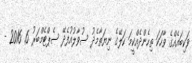
ވަކިބައެއްގެ ވާހަކަ ތިހެންދެއްކީމަ ކަލޭގެ ނިޔަތާމެދު ސުވާލުއުފެދޭ ސެޕްޓެމްބަރު 6